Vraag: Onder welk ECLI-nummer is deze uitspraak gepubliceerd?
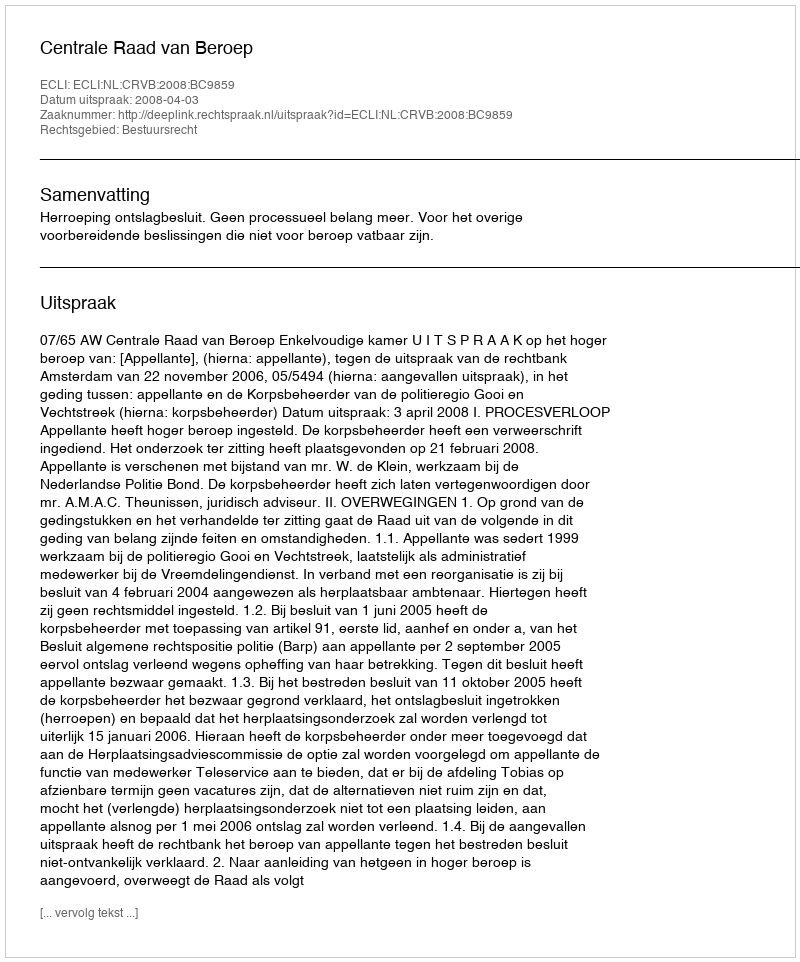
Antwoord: ECLI:NL:CRVB:2008:BC9859